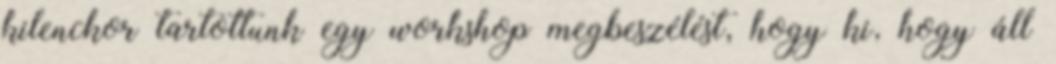
kilenckor tartottunk egy workshop megbeszélést, hogy ki, hogy áll